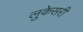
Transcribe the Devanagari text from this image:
लुकेसरी